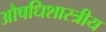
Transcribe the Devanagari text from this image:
औषधिशास्त्रीय